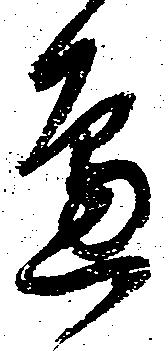
辺